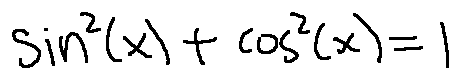
\sin ^ { 2 } ( x ) + \cos ^ { 2 } ( x ) = 1